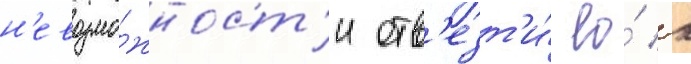
н'евозмо́жност'и отв'езт'и́ ео́ к